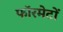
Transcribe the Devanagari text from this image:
फॉरमेटों